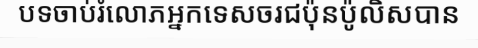
បទចាប់រំលោភអ្នកទេសចរជប៉ុនប៉ូលិសបាន